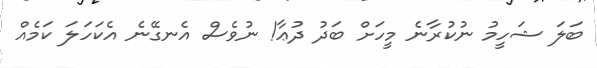
ބަލަ ޝަހީމު ނުކުރާނެ މީހަށް ބަދު ދުޢާ! ނުވެސް އެނގޭނެ އެކަހަލަ ކަމެއް